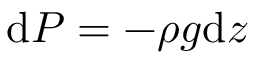
\mathrm { d } P = - \rho g \mathrm { d } z